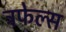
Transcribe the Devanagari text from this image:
ट्रफेल्स